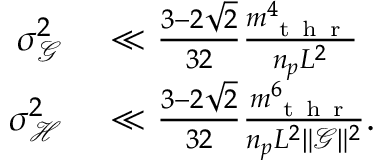
\begin{array} { r l } { \sigma _ { \mathcal { G } } ^ { 2 } } & { { } \ll \frac { 3 - 2 \sqrt { 2 } } { 3 2 } \frac { m _ { \mathrm { ~ t ~ h ~ r ~ } } ^ { 4 } } { n _ { p } L ^ { 2 } } } \\ { \sigma _ { \mathcal { H } } ^ { 2 } } & { { } \ll \frac { 3 - 2 \sqrt { 2 } } { 3 2 } \frac { m _ { \mathrm { ~ t ~ h ~ r ~ } } ^ { 6 } } { n _ { p } L ^ { 2 } \lVert \boldsymbol { \mathcal { G } } \rVert ^ { 2 } } . } \end{array}